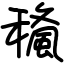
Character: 𥢓